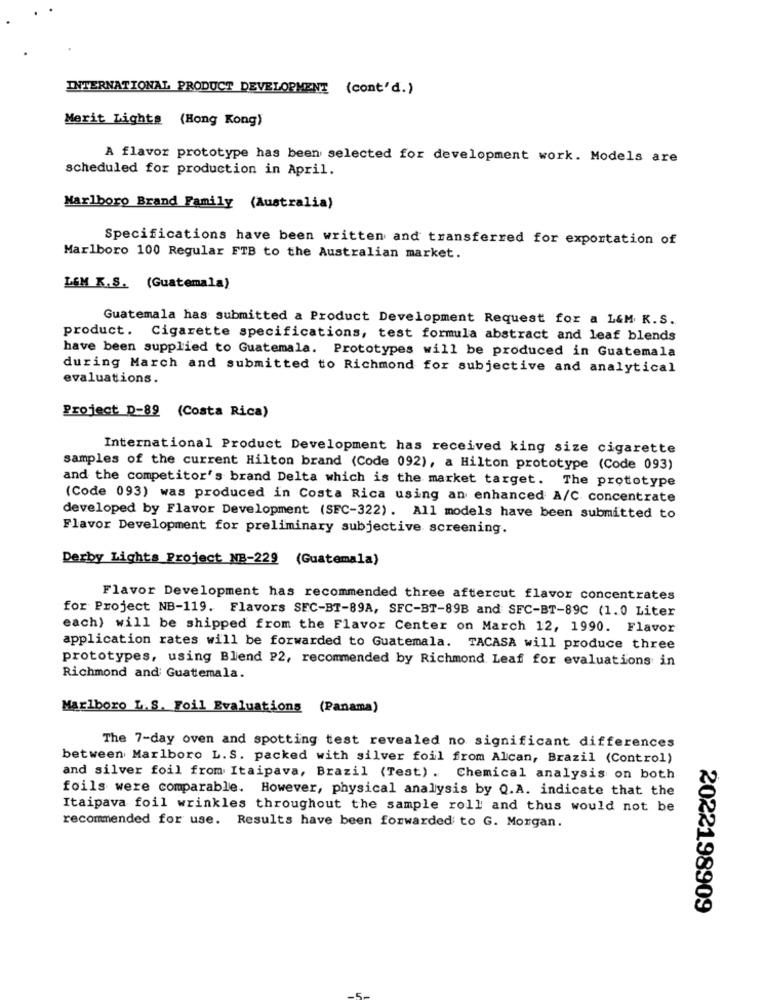
INTERNATIONAL PRODUCT DEVELOPMENT (cont'd.)
Merit Lights (Hong Kong)
A flavor prototype has been selected for development work. Models are
scheduled for production in April.
Marlboro Brand Family (Australia)
Specifications have been written and transferred for exportation of
Marlboro 100 Regular FTB to the Australian market.
LEM K.S. (Guatemala)
Guatemala has submitted a Product Development Request for a L&M K.S.
product. Cigarette specifications, test formula abstract and leaf blends
have been supplied to Guatemala. Prototypes will be produced in Guatemala
during March and submitted to Richmond for subjective and analytical
evaluations.
Project D-89 (Costa Rica)
International Product Development has received king size cigarette
samples of the current Hilton brand (Code 092), a Hilton prototype (Code 093)
and the competitor's brand Delta which is the market target. The prototype
(Code 093) was produced in Costa Rica using an enhanced A/C concentrate
developed by Flavor Development (SEC-322). All models have been submitted to
Flavor Development for preliminary subjective screening.
Derby Lights Project NB-229 (Guatemala)
Flavor Development has recommended three aftercut flavor concentrates
for Project NB-119. Flavors SEC-BT-89A, SFC-BT-89B and SFC-BT-89C (1.0 Liter
each) will be shipped from the Flavor Center on March 12, 1990. Flavor
application rates will be forwarded to Guatemala. TACASA will produce three
prototypes, using Blend P2, recommended by Richmond Leaf for evaluations in
Richmond and Guatemala.
Marlboro L. S. Foil Evaluations (Panama)
The 7-day oven and spotting test revealed no significant differences
between Marlboro L.S. packed with silver foil from Alcan, Brazil (Control)
and silver foil from Itaipava, Brazil (Test) . Chemical analysis on both
foils were comparable. However, physical analysis by Q.A. indicate that the
Itaipava foil wrinkles throughout the sample roll and thus would not be
recommended for use. Results have been forwarded to G. Morgan.
2022198909